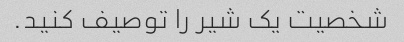
شخصیت یک شیر را توصیف کنید.